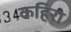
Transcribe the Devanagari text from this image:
कहिरा